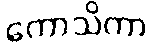
ကောသိကာ